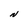
Character: N